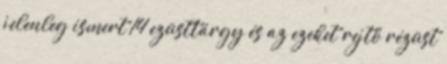
jelenleg ismert 14 ezüsttárgy és az ezeket rejtő rézüst